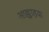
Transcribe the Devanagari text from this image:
आह्वाहक